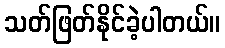
သတ်ဖြတ်နိုင်ခဲ့ပါတယ်။